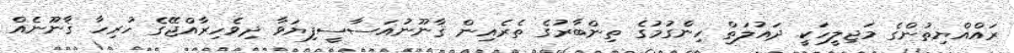
ރައްއްޔިތުންގެ މަޖިލީހަކީ ދައުލަތް ހިންގުމުގެ ތިންބާރުގެ ތެރެއިން ޤާނޫނުއަސާސީފިޔަވާ ދިވެހިރާއްޖޭގެ ހުރިހާ ޤާނޫނެއް